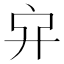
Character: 𠂂